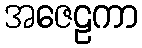
အဇေဠကာ